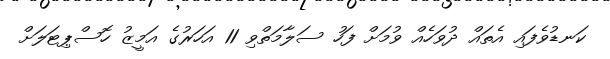
ކަނޑުވެފައި އެތައް ދުވަހެއް ވުމަށް ފަހު ސަލާމަތްވި 11 އަހަރުގެ އަމީޒު ހޮސްޕިޓަލަށް